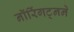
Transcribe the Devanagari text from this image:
नॉरिंगट्नने